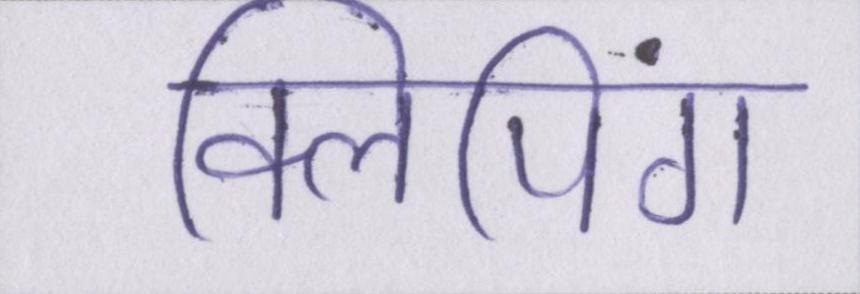
क्लिपिंग